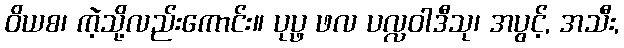
ဝိယစ၊ ကဲ့သို့လည်းကောင်း။ ပုပ္ဖ ဖလ ပလ္လဝါဒီသု၊ အပွင့်, အသီး,